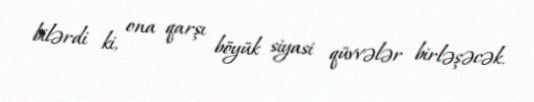
bilərdi ki, ona qarşı böyük siyasi qüvvələr birləşəcək.